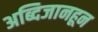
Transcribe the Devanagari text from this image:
अब्दिजानहून